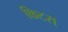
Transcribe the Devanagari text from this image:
किटस्